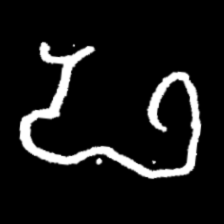
Pyu character \u2014 Myanmar letter: ဖ (romanized: pha)